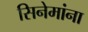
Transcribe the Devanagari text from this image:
सिनेमांना